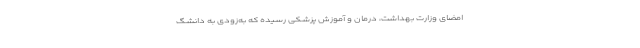
امضای وزارت بهداشت، درمان و آموزش پزشکی رسیده که به‌زودی به دانشگ